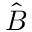
\hat { B }